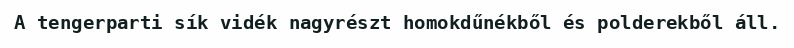
A tengerparti sík vidék nagyrészt homokdűnékből és polderekből áll.